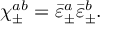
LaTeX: \chi _ { \pm } ^ { a b } = \bar { \varepsilon } _ { \pm } ^ { a } \bar { \varepsilon } _ { \pm } ^ { b } .